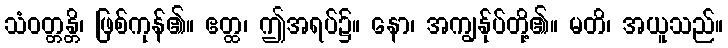
သံဝတ္တန္တိ၊ ဖြစ်ကုန်၏။ ဧတ္ထ၊ ဤအရပ်၌။ နော၊ အကျွန်ုပ်တို့၏။ မတိ၊ အယူသည်။